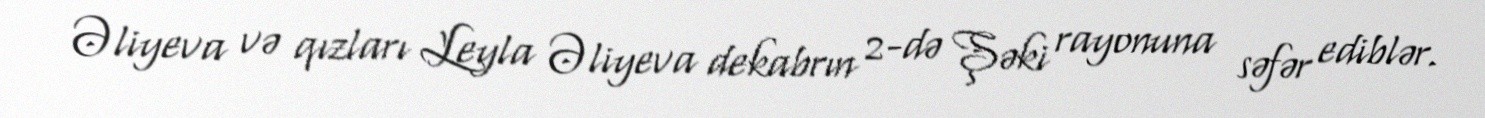
Əliyeva və qızları Leyla Əliyeva dekabrın 2-də Şəki rayonuna səfər ediblər.